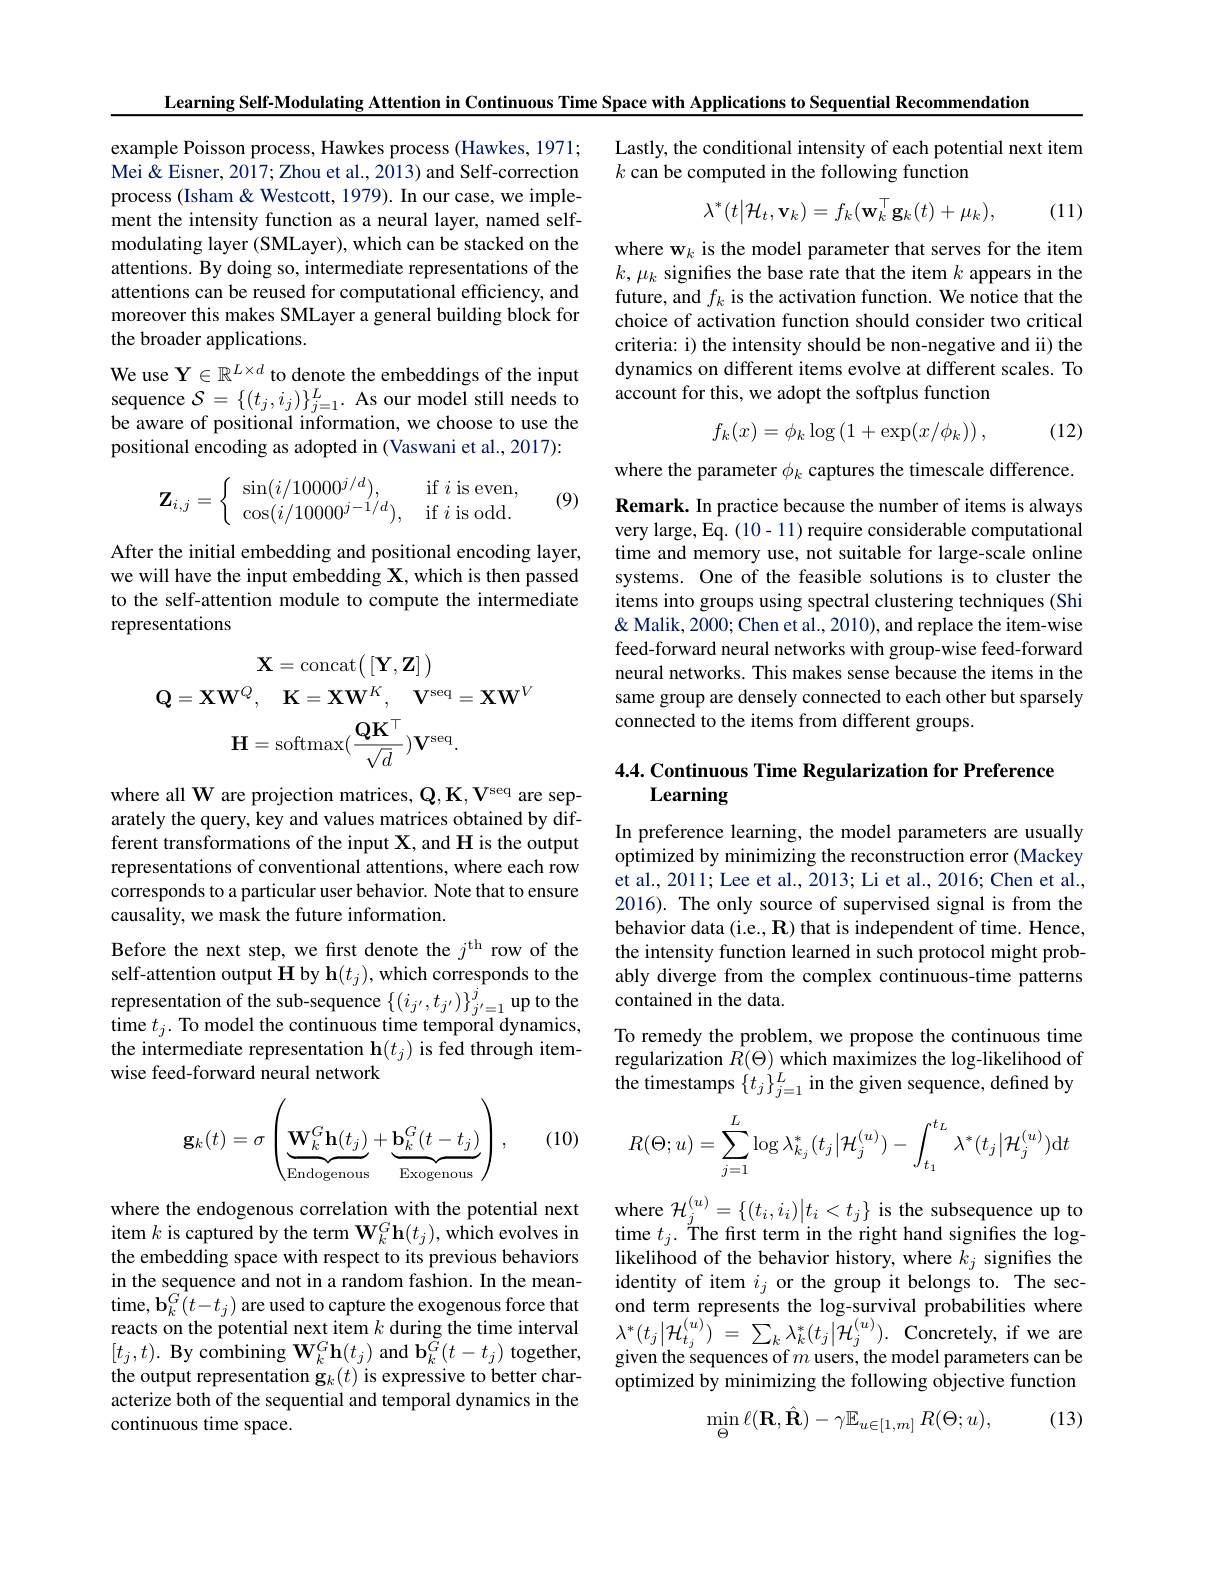
Learning Self-Modulating Attention in Continuous Time Space with Applications to Sequential Recommendation

Lastly, the conditional intensity of each potential next item
$k$ can be computed in the following function
$$\lambda^*(t\big|\mathcal{H}_t,\mathbf{v}_k)=f_k(\mathbf{w}_k^\top\mathbf{g}_k(t)+\mu_k),$$
(11)

example Poisson process, Hawkes process (Hawkes, 1971; Mei & Eisner, 2017; Zhou et al., 2013) and Self-correction process (Isham & Westcott, 1979). In our case, we implement the intensity function as a neural layer, named selfmodulating layer (SMLayer), which can be stacked on the attentions. By doing so, intermediate representations of the attentions can be reused for computational efficiency, and moreover this makes SMLayer a general building block for the broader applications.
We use $\mathbf{Y}\in\mathbb{R}^L\times d$ to denote the embeddings of the input sequence $\mathcal{S}=\{(t_j,i_j)\}_{j=1}^L.$ As our model still needs to be aware of positional information, we choose to use the positional encoding as adopted in (Vaswani et al., 2017):

where w$_k$ is the model parameter that serves for the item $k,\mu_{k}$ signifies the base rate that the item $k$ appears in the future, and $f_k$ is the activation function. We notice that the choice of activation function should consider two critical criteria: i) the intensity should be non-negative and ii) the dynamics on different items evolve at different scales. To account for this, we adopt the softplus function

(12)
$$f_k(x)=\phi_k\log\left(1+\exp(x/\phi_k)\right),$$
where the parameter $\phi_k$ captures the timescale difference.
$$\mathbf{Z}_{i,j}=\left\{\begin{array}{ll}\sin(i/10000^{j/d}),&\quad\mathrm{if~}i\mathrm{~is~even},\\\cos(i/10000^{j-1/d}),&\quad\mathrm{if~}i\mathrm{~is~odd}.\end{array}\right.$$
(9)

After the initial embedding and positional encoding layer, we will have the input embedding $\mathbf{X}$,which is then passed to the self-attention module to compute the intermediate representations

Remark. In practice because the number of items is always very large, Eq. (10- 11) require considerable computational time and memory use, not suitable for large-scale online systems. One of the feasible solutions is to cluster the items into groups using spectral clustering techniques (Shi & Malik, 2000; Chen et al., 2010), and replace the item-wise feed-forward neural networks with group-wise feed-forward neural networks. This makes sense because the items in the same group are densely connected to each other but sparsely connected to the items from different groups.
$$\mathbf{X}=\mathrm{concat}\big(\:[\mathbf{Y},\mathbf{Z}]\:\big)\\\mathbf{Q}=\mathbf{X}\mathbf{W}^{Q},\quad\mathbf{K}=\mathbf{X}\mathbf{W}^{K},\quad\mathbf{V}^{\mathrm{seq}}=\mathbf{X}\mathbf{W}^{V}\\\mathbf{H}=\mathrm{softmax}(\frac{\mathbf{Q}\mathbf{K}^{\top}}{\sqrt{d}})\mathbf{V}^{\mathrm{seq}}.$$
# 4.4. Continuous Time Regularization for Preference Learning

where all W are projection matrices, $\mathbf{Q} , \mathbf{K} , \mathbf{V} ^{\mathrm{seq}}$ are separately the query, key and values matrices obtained by different transformations of the input X, and H is the output representations of conventional attentions, where each row corresponds to a particular user behavior. Note that to ensure causality, we mask the future information.
Before the next step, we first denote the $j^\mathrm{th}$ row of the self-attention output H by h$(t_j)$, which corresponds to the representation of the sub-sequence $\{(i_{j^{\prime}},t_{j^{\prime}})\}_{j^{\prime}=1}^j$ up to the time $t_j.$ To model the continuous time temporal dynamics, the intermediate representation $\mathbf{h}(t_j)$ is fed through itemwise feed-forward neural network

In preference learning, the model parameters are usually optimized by minimizing the reconstruction error (Mackey et al., 2011; Lee et al., 2013; Li et al., 2016; Chen et al., 2016). The only source of supervised signal is from the behavior data (i.e., R) that is independent of time. Hence, the intensity function learned in such protocol might probably diverge from the complex continuous-time patterns contained in the data.
To remedy the problem, we propose the continuous time regularization $R(\Theta)$ which maximizes the log-likelihood of the timestamps $\{t_j\}_{j=1}^L$ in the given sequence, defined by
$$R(\Theta;u)=\sum_{j=1}^{L}\log\lambda_{k_{j}}^{*}(t_{j}\big|\mathcal{H}_{j}^{(u)})-\int_{t_{1}}^{t_{L}}\lambda^{*}(t_{j}\big|\mathcal{H}_{j}^{(u)})\mathrm{d}t$$
$$\mathbf{g}_k(t)=\sigma\left(\underbrace{\mathbf{W}_k^G\mathbf{h}(t_j)}_{\text{Endogenous}}+\underbrace{\mathbf{b}_k^G(t-t_j)}_{\text{Exogenous}}\right),$$
(10)

where $\mathcal{H}_j^(u)=\{(t_i,i_i)|t_i<t_j\}$ is the subsequence up to time $t_j.$ The first term in the right hand signifies the loglikelihood of the behavior history, where $k_j$ signifies the identity of item $i_j$ or the group it belongs to. The second term represents the log-survival probabilities where $\lambda^{*}(t_{j}|\mathcal{H}_{t_{j}}^{(u)})^{1}=\sum_{k}\lambda_{k}^{*}(t_{j}|\mathcal{H}_{j}^{(u)}).$Concretely, if we are given the sequences of $m$ users, the model parameters can be optimized by minimizing the following objective function

where the endogenous correlation with the potential next item $k$ is captured by the term $\mathbf{W}_k^G\mathbf{h}(t_j)$,which evolves in the embedding space with respect to its previous behaviors in the sequence and not in a random fashion. In the meantime, b$_k^G(t-t_{j})$ are used to capture the exogenous force that reacts on the potential next item $k$ during the time interval $[t_{j},t).$ By combining $\mathbf{W}_k^G\mathbf{h}(t_{j})$ and $\mathbf{b}_k^{\dot{G}}(t-t_{j})$ together, the output representation g$_k(t)$ is expressive to better characterize both of the sequential and temporal dynamics in the continuous time space.

(13)
$$\min_{\Theta}\ell(\mathbf{R},\hat{\mathbf{R}})-\gamma\mathbb{E}_{u\in[1,m]}\:R(\Theta;u),$$